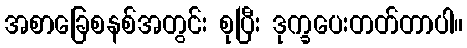
အစာခြေစနစ်အတွင်း စုပြီး ဒုက္ခပေးတတ်တာပါ။